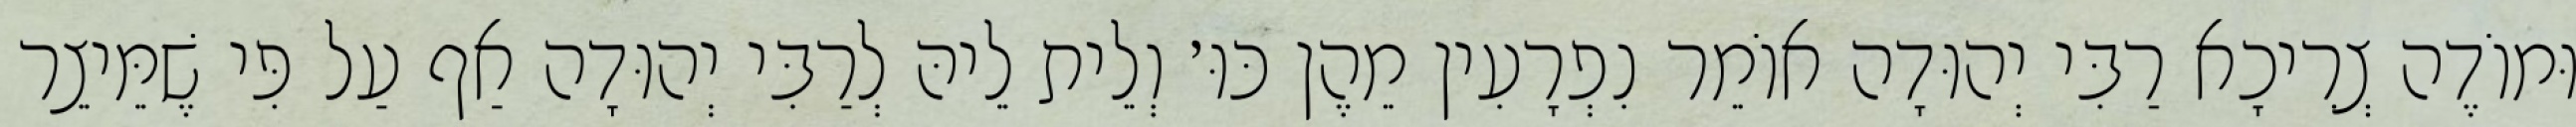
וּמוֹדֶה צְרִיכָא רַבִּי יְהוּדָה אוֹמֵר נִפְרָעִין מֵהֶן כּוּ׳ וְלֵית לֵיהּ לְרַבִּי יְהוּדָה אַף עַל פִּי שֶׁמֵּיצֵר